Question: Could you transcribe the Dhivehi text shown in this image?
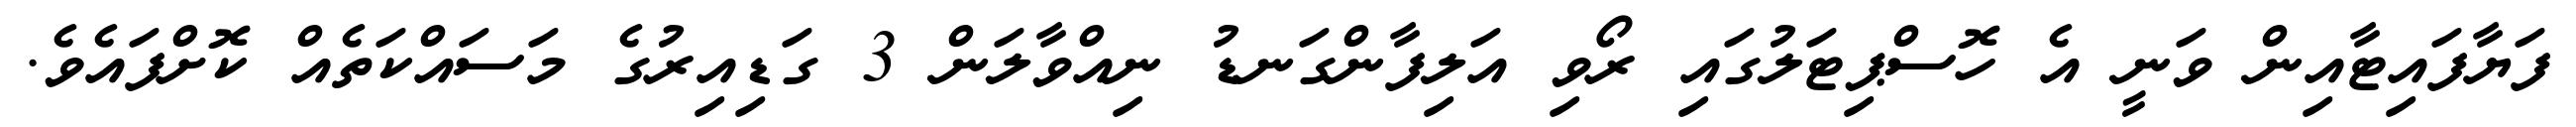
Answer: ފަޔާފައިޓާއިން ވަނީ އެ ހޮސްޕިޓަލުގައި ރޯވި އަލިފާންގަނޑު ނިއްވާލަން 3 ގަޑިއިރުގެ މަސައްކަތެއް ކޮށްފައެވެ.